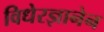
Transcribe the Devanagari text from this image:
विधेरज्ञानेन